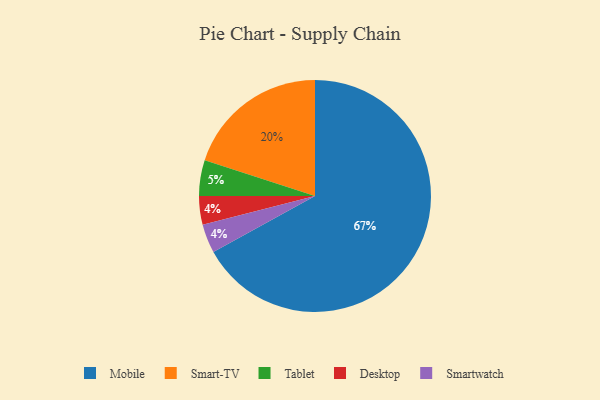
{"axis": {"x": "Category", "y": "Percentage"}, "legend": ["Desktop", "Mobile", "Smart-TV", "Smartwatch", "Tablet"], "data": [{"x": "Tablet", "y": 5, "type": "Tablet"}, {"x": "Smart-TV", "y": 20, "type": "Smart-TV"}, {"x": "Desktop", "y": 4, "type": "Desktop"}, {"x": "Smartwatch", "y": 4, "type": "Smartwatch"}, {"x": "Mobile", "y": 67, "type": "Mobile"}]}